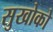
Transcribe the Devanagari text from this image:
सुखोको